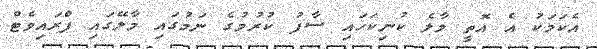
އެކަމަކު އެ އޮތީ މާލެ ކުނިކަހައި ސާފު ކުރުމުގެ ނަމުގައި މާލޭގައި ޕްރައިވެޓް